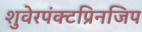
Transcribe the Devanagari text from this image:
शुवेरपंक्टप्रिनजिप